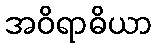
အဝိရာဓိယာ